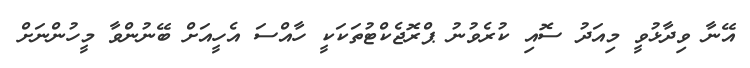
އޭނާ ވިދާޅުވީ މިއަދު ސޮއި ކުރެވުނު ޕްރޮޖެކްޓުތަކަކީ ހާއްސަ އެހީއަށް ބޭނުންވާ މީހުންނަށް